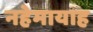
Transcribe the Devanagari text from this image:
नहेमायाह